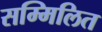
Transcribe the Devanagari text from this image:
सम्मिलित